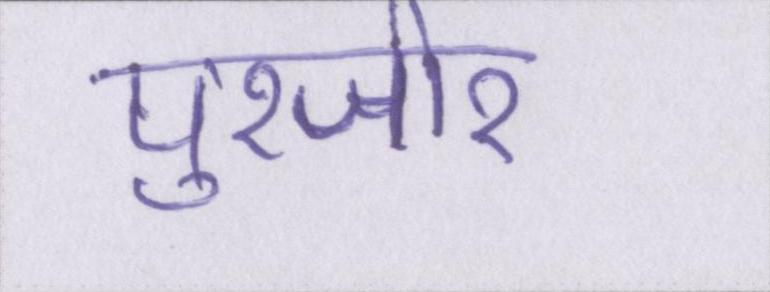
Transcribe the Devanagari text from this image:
पुरजोर